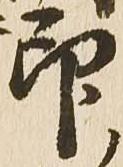
印